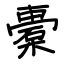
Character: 橐